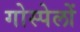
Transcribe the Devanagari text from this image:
गोस्पेलों